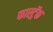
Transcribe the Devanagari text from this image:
फास्ट्रॅक